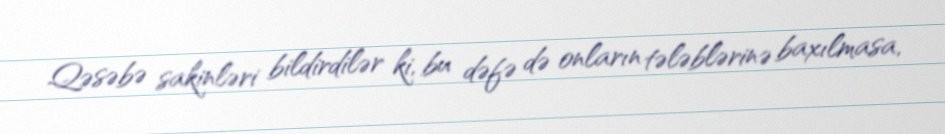
Qəsəbə sakinləri bildirdilər ki, bu dəfə də onların tələblərinə baxılmasa,